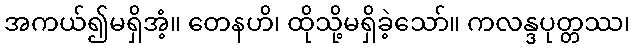
အကယ်၍မရှိအံ့။ တေနဟိ၊ ထိုသို့မရှိခဲ့သော်။ ကလန္ဒပုတ္တဿ၊